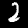
Label: 2